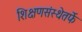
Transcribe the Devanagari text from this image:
शिक्षणसंस्थेतर्फे